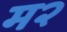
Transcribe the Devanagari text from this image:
म२